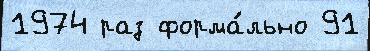
1974 раз форма́льно 91